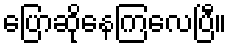
ပြောဆိုနေကြလေပြီ။